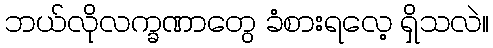
ဘယ်လိုလက္ခဏာတွေ ခံစားရလေ့ ရှိသလဲ။